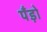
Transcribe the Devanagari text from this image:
पॅंड़ो